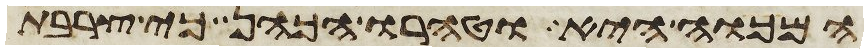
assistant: המכוה היא וטהרו הכהן כי צרבת